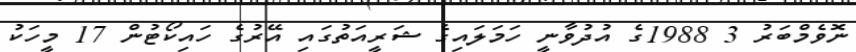
ނޮވެމްބަރު 3 1988ގެ އުދުވާނީ ހަމަލައިގެ ޝަރީއަތުގައި އޭރުގެ ހައިކޯޓުން 17 މީހަކު